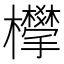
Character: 𣠧